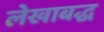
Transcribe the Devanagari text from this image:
लेखाबद्ध